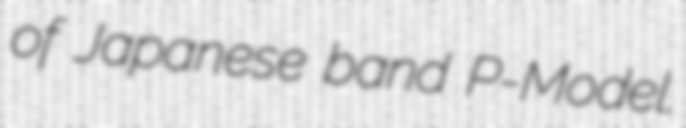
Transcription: of Japanese band P-Model.